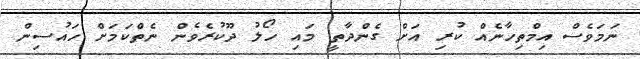
ނަމަވެސް އިމްތިހާނެއް ކުރި އަށް ގެންދާތީ މައި ހޯލު ދޫކުރެވެން ނެތްކަމަށް ހައުސިން